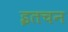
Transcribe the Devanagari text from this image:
इतचन